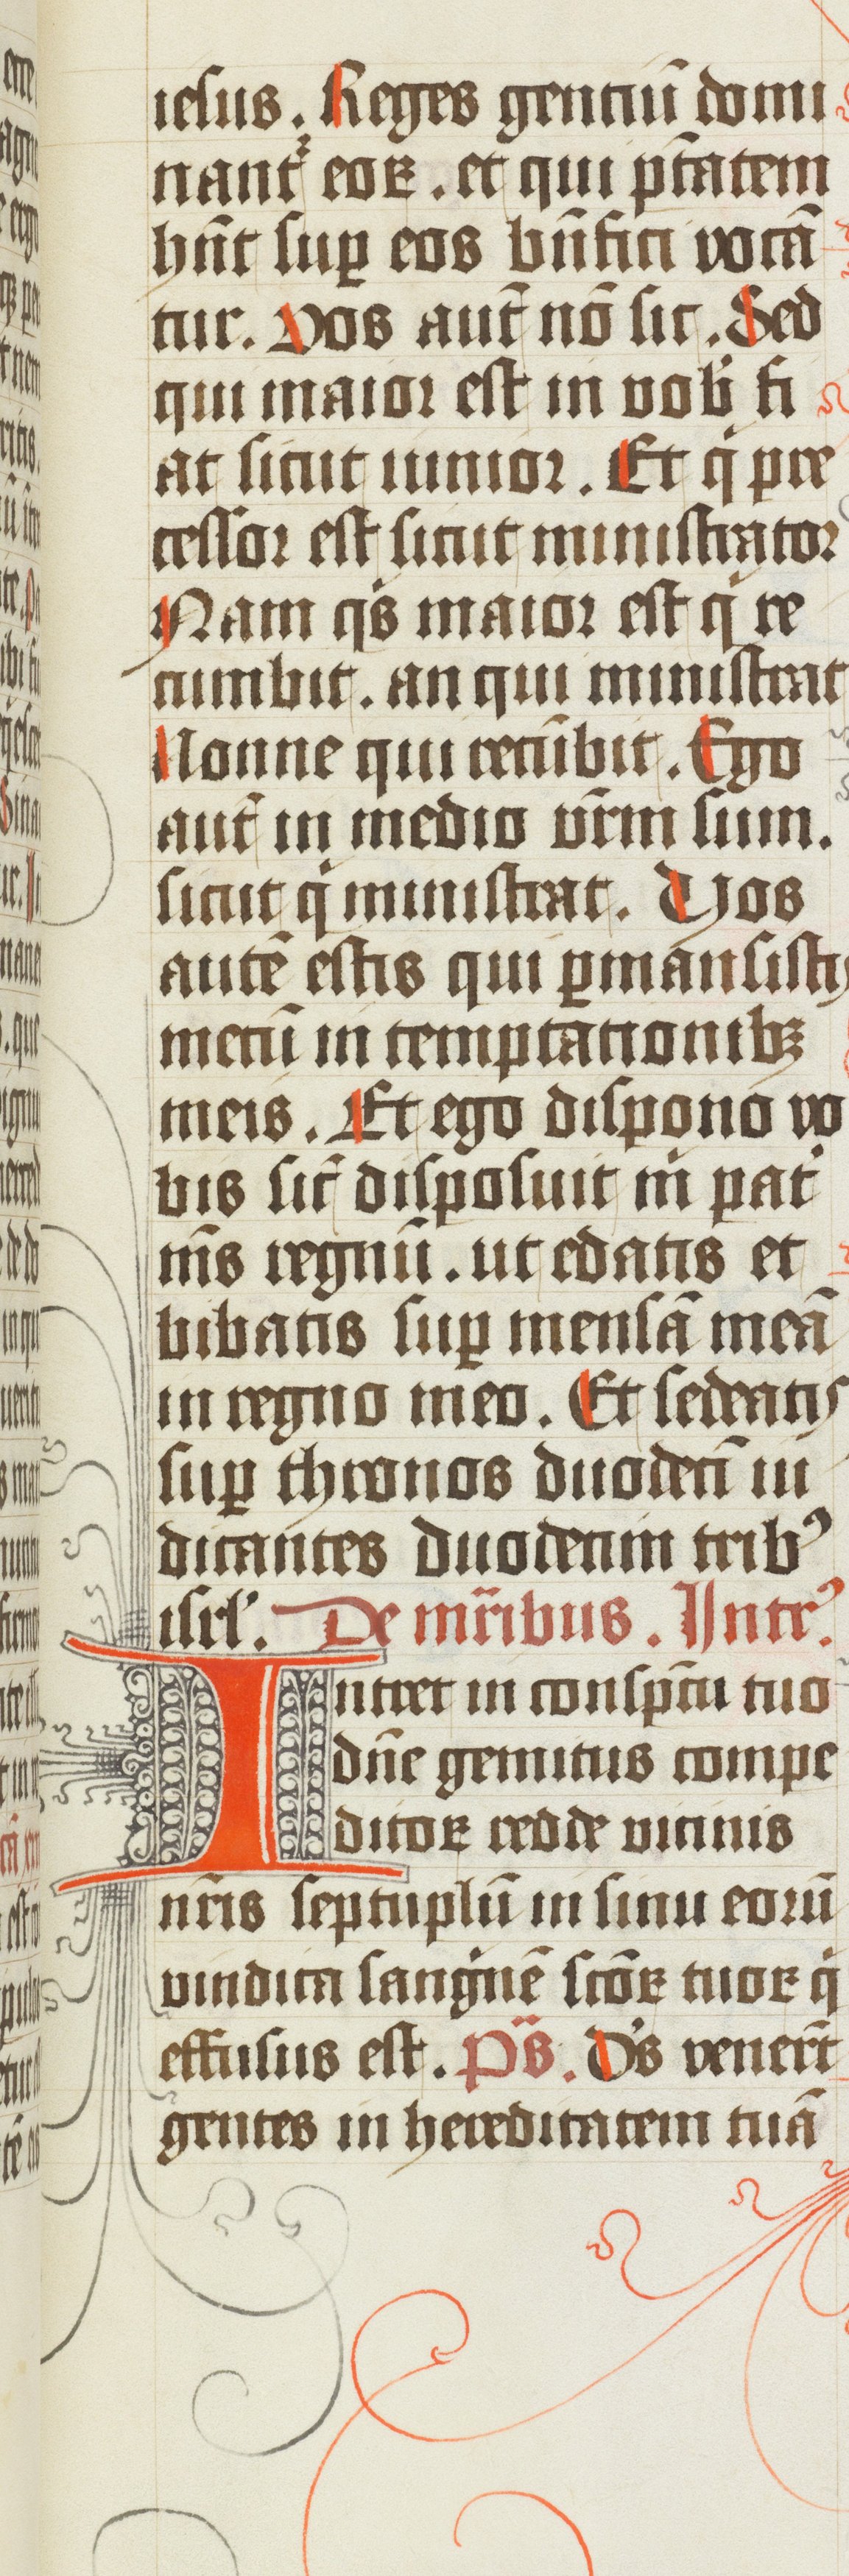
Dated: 1502–1527